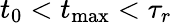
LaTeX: t_{0}<t_{\mathrm{max}}<\tau_{r}